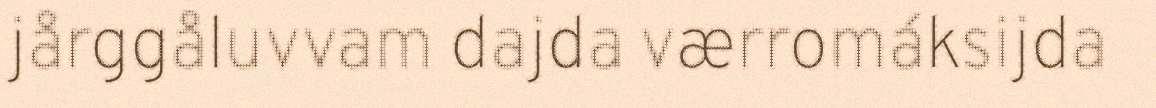
jårggåluvvam dajda værromáksijda